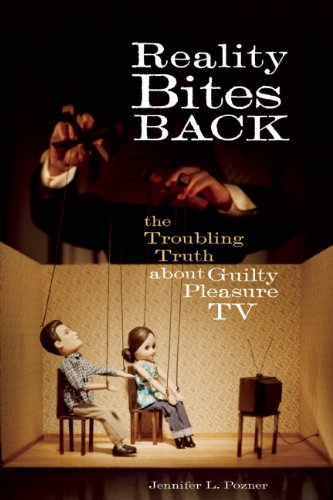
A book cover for Reality Bites Back: The Troubling Truth About Guilty Pleasure TV; Jennifer L. Pozner; Humor & Entertainment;